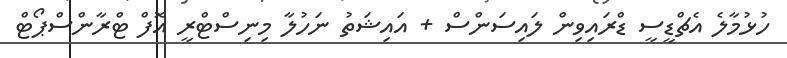
ހުޅުމާލެ އެޗްޑީސީ ޑްރައިވިން ލައިސަންސް + އައިޝަތު ނަހުލާ މިނިސްޓްރީ އޮފް ޓްރާންސްޕޯޓް